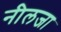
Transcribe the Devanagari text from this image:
नीलजा